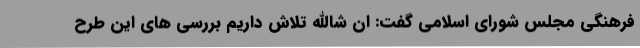
فرهنگی مجلس شورای اسلامی گفت: ان شاالله تلاش داریم بررسی های این طرح